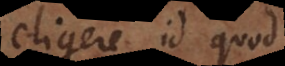
eligere id q